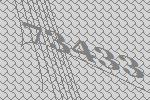
73433